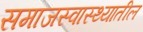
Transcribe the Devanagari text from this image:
समाजस्वास्थ्यातील